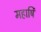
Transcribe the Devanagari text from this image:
महार्षि